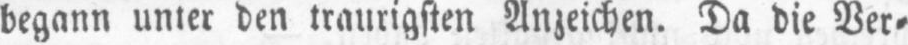
begann unter den traurigsten Anzeichen. Da die Ver⸗